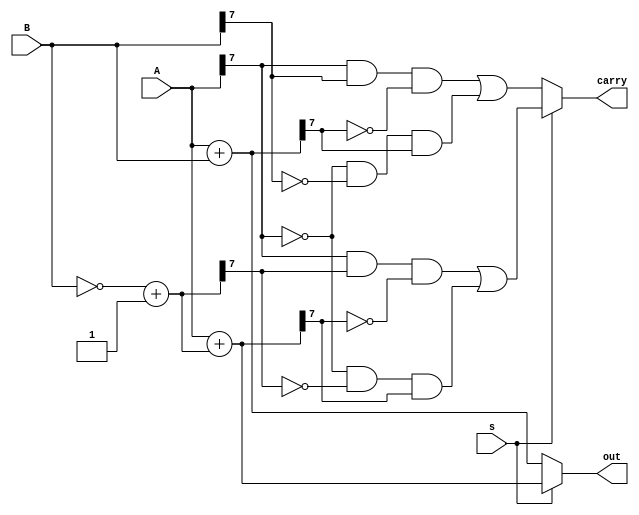
`timescale 1ns / 1ps

module add_and_sub(A,B,s,out,carry);

	input[7:0] A;
	input[7:0] B;
	input s;
	output[7:0] out;
	output carry;
    
	reg[7:0] out;
	reg carry;
    
	wire[7:0] A;
	wire[7:0] B;
	wire s;
    
	//reg neg_b;
	wire [7:0] neg_b = ~B[7:0] + 1;
    
	always @ (A or B or s)
	begin
    	if (s == 0)
        	begin
            	out = A + B;
            	carry = (A[7] & B[7] & ~out[7])|
                    	(~A[7] & ~B[7] & out[7]);
        	end
    	else
    	begin
        	out = A + neg_b;
        	carry = (A[7] & neg_b[7] & ~out[7])|
            	(~A[7] & ~neg_b[7] & out[7]);
       	 
    	end
	end
  	 
endmodule